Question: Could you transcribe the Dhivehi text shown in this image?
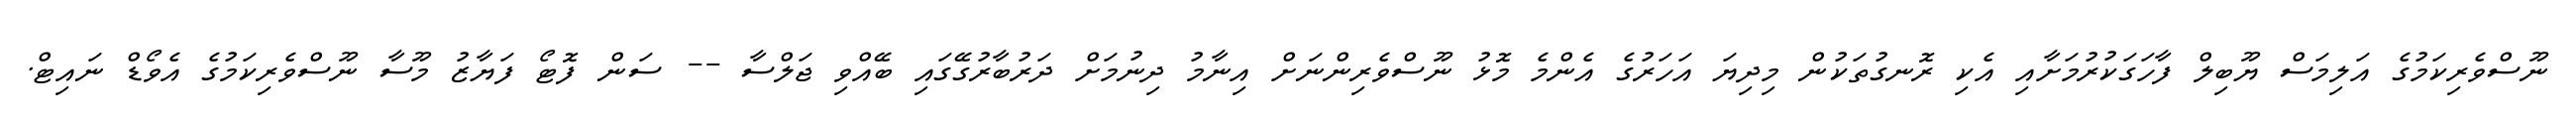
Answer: ނޫސްވެރިކަމުގެ އަލިމަސް ޔޫބިލް ފާހަގަކުރުމަށާއި އެކި ރޮނގުތަކުން މިދިޔަ އަހަރުގެ އެންމެ މޮޅު ނޫސްވެރިންނަށް އިނާމު ދިނުމަށް ދަރުބާރުގޭގައި ބޭއްވި ޖަލްސާ -- ސަން ފޮޓޯ ފަޔާޒު މޫސާ ނޫސްވެރިކަމުގެ އެވޯޑް ނައިޓް.